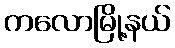
ကလောမြို့နယ်